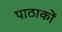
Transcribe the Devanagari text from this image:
पाठाकों